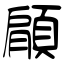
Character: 顅